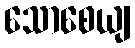
သောစေယျ